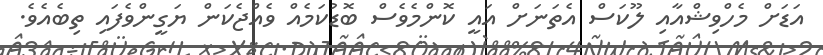
އަޑަށް މެހްވިޝްއާއި ލޫކަސް އެތަނަށް އައީ ކޮންމެވެސް ބޮޑުކަމެއް ވެއްޖެކަން ޔަގީންވެފައި ތިބެއެވެ.